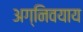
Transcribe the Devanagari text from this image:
अग्निवयाय